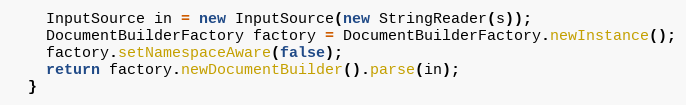
Language: Java
    InputSource in = new InputSource(new StringReader(s));
    DocumentBuilderFactory factory = DocumentBuilderFactory.newInstance();
    factory.setNamespaceAware(false);
    return factory.newDocumentBuilder().parse(in);
  }